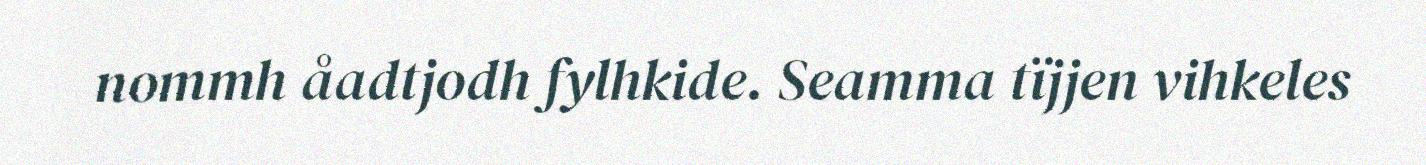
nommh åadtjodh fylhkide. Seamma tïjjen vihkeles